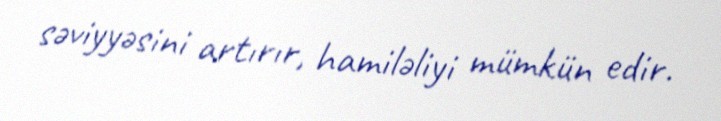
səviyyəsini artırır, hamiləliyi mümkün edir.